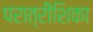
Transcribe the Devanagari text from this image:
परात्रींशिका